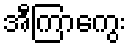
အီကြာကွေး